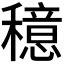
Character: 𫁈